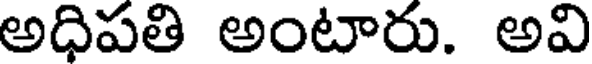
అధిపతి అంటారు. అవి